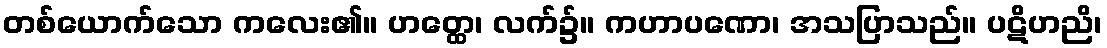
တစ်ယောက်သော ကလေး၏။ ဟတ္ထေ၊ လက်၌။ ကဟာပဏော၊ အသပြာသည်။ ပဋိဟညိ၊